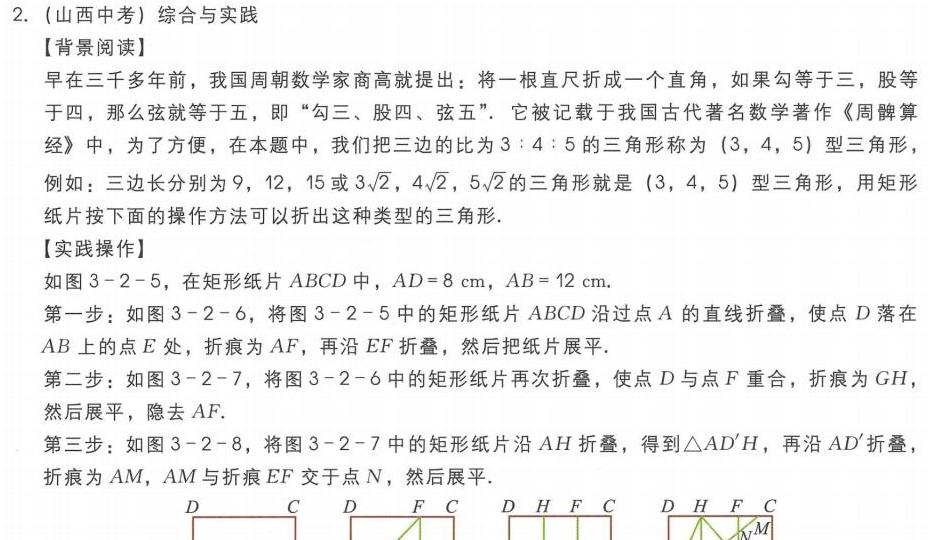
2. （山西中考）综合与实践

【背景阅读】
早在三千多年前，我国周朝数学家商高就提出：将一根直尺折成一个直角，如果勾等于三，股等于四，那么弦就等于五，即“勾三、股四、弦五”。它被记载于我国古代著名数学著作《周髀算经》中，为了方便，在本题中，我们把三边的比为\(3:4:5\)的三角形称为\((3,4,5)\)型三角形. 例如：三边长分别为\(9\)，\(12\)，\(15\)或\(3\sqrt{2}\)，\(4\sqrt{2}\)，\(5\sqrt{2}\)的三角形就是\((3,4,5)\)型三角形，用矩形纸片按下面的操作方法可以折出这种类型的三角形.

【实践操作】
如图\(3 - 2 - 5\)，在矩形纸片\(ABCD\)中，\(AD = 8\mathrm{cm}\)，\(AB = 12\mathrm{cm}\).
第一步：如图\(3 - 2 - 6\)，将图\(3 - 2 - 5\)中的矩形纸片\(ABCD\)沿过点\(A\)的直线折叠，使点\(D\)落在\(AB\)上的点\(E\)处，折痕为\(AF\)，再沿\(EF\)折叠，然后把纸片展平.
第二步：如图\(3 - 2 - 7\)，将图\(3 - 2 - 6\)中的矩形纸片再次折叠，使点\(D\)与点\(F\)重合，折痕为\(GH\)，然后展平，隐去\(AF\).
第三步：如图\(3 - 2 - 8\)，将图\(3 - 2 - 7\)中的矩形纸片沿\(AH\)折叠，得到\(\triangle AD'H\)，再沿\(AD'\)折叠，折痕为\(AM\)，\(AM\)与折痕\(EF\)交于点\(N\)，然后展平.